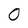
Character: O